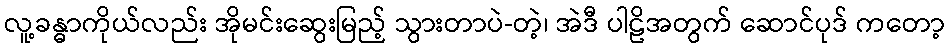
လူ့ခန္ဓာကိုယ်လည်း အိုမင်းဆွေးမြည့် သွားတာပဲ-တဲ့၊ အဲဒီ ပါဠိအတွက် ဆောင်ပုဒ် ကတော့